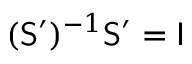
( \mathsf { S } ^ { \prime } ) ^ { - 1 } \mathsf { S } ^ { \prime } = \mathsf { I }